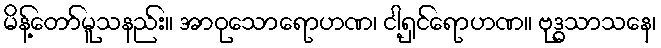
မိန့်တော်မူသနည်း။ အာဝုသောရောဟဏ၊ ငါ့ရှင်ရောဟဏ။ ဗုဒ္ဓသာသနေ၊